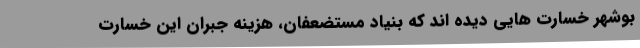
بوشهر خسارت هایی دیده اند که بنیاد مستضعفان، هزینه جبران این خسارت